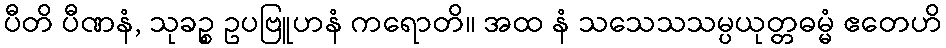
ပီတိ ပီဏနံ, သုခဉ္စ ဥပဗြူဟနံ ကရောတိ။ အထ နံ သသေသသမ္ပယုတ္တဓမ္မံ ဧတေဟိ